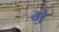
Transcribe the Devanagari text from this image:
म़े